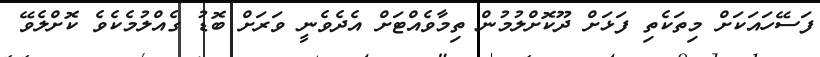
ފަސޭހައަކަށް މިތަކެތި ފަޅަށް ދޫކޮށްލުމުން ތިމާވެއްޓަށް އެދެވެނީ ވަރަށް ބޮޑު ގެއްލުމެކެވެ ކޮށްލެވޭ